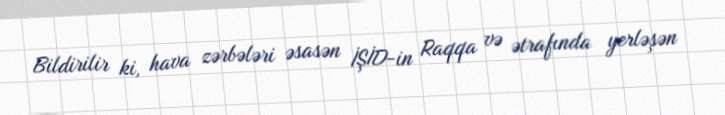
Bildirilir ki, hava zərbələri əsasən İŞİD-in Raqqa və ətrafında yerləşən